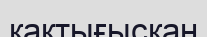
қақтығысқан